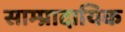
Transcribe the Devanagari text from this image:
साम्प्रादायिक